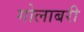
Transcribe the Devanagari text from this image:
गोलाबरी